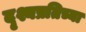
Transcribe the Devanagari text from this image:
दृश्यप्रतिच्या